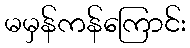
မမှန်ကန်ကြောင်း